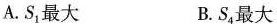
A.S_{1}最大 B.S_{4}最大